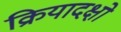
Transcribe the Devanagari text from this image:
क्रियादक्षो